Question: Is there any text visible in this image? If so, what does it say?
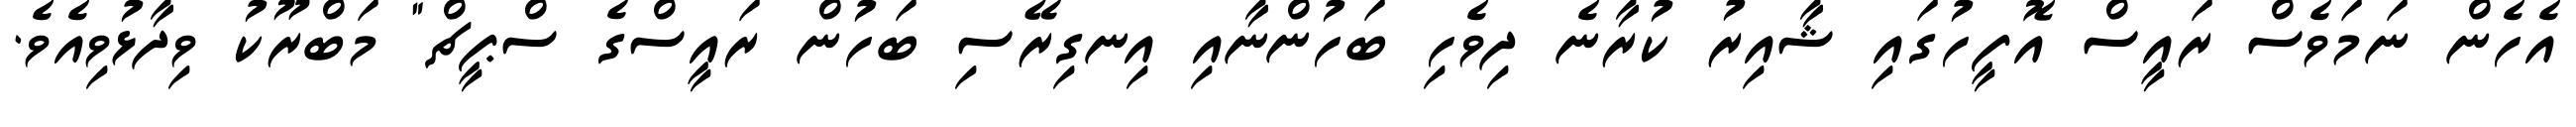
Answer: އެހެން ނަމަވެސް ރައީސް އޮފީހުގައި ޝާއިރު ކުރާނެ ދިވެހި ބަހުންނާއި އިނގިރޭސި ބަހުން ރައީސްގެ ސްޕީޗް" މަބްރޫކު ވިދާޅުވިއެވެ.